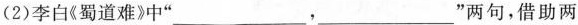
( 2 )李白《蜀道难》中“___，___”两句，借助两